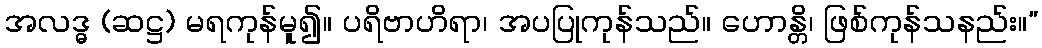
အလဒ္ဓ (ဆဋ္ဌ) မရကုန်မူ၍။ ပရိဗာဟိရာ၊ အပပြုကုန်သည်။ ဟောန္တိ၊ ဖြစ်ကုန်သနည်း။”